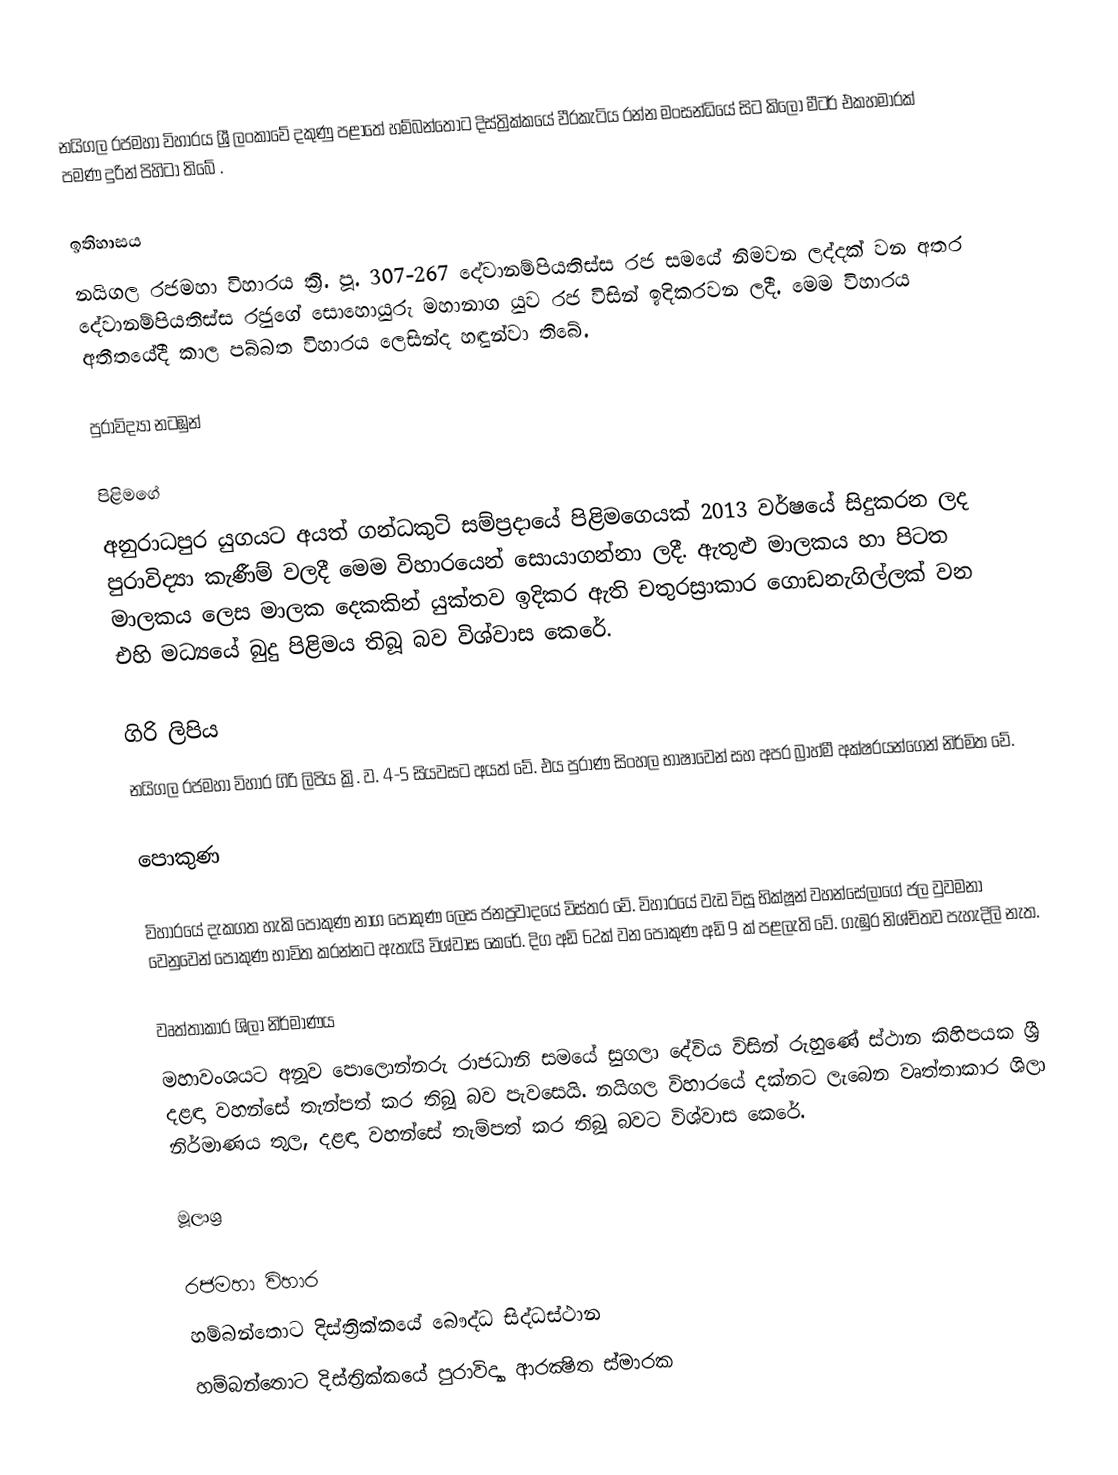
නයිගල රජමහා විහාරය ශ්‍රී ලංකාවේ දකුණු පළාතේ හම්බන්තොට දිස්ත්‍රික්කයේ වීරකැටිය රන්න මංසන්ධියේ සිට කිලෝ මීටර් එකහමාරක් පමණ දුරින් පිහිටා තිබේ .

ඉතිහාසය
නයිගල රජමහා විහාරය ක්‍රි. පූ. 307-267 දේවානම්පියතිස්ස රජ සමයේ නිමවන ලද්දක් වන අතර දේවානම්පියතිස්ස රජුගේ සොහොයුරු මහානාග යුව රජ විසින් ඉදිකරවන ලදී. මෙම විහාරය අතීතයේදී කාල පබ්බත විහාරය ලෙසින්ද හඳුන්වා තිබේ.

පුරාවිද්‍යා නටඹුන්

පිළිමගේ
අනුරාධපුර යුගයට අයත් ගන්ධකුටි සම්ප්‍රදායේ පිළිමගෙයක් 2013 වර්ෂයේ සිදුකරන ලද පුරාවිද්‍යා කැණීම් වලදී මෙම විහාරයෙන් සොයාගන්නා ලදී. ඇතුළු මාලකය හා පිටත මාලකය ලෙස මාලක දෙකකින් යුක්තව ඉදිකර ඇති චතුරස්‍රාකාර ගොඩනැගිල්ලක් වන එහි මධ්‍යයේ බුදු පිළිමය තිබූ බව විශ්වාස කෙරේ.

ගිරි ලිපිය
නයිගල රජමහා විහාර ගිරි ලිපිය ක්‍රි. ව. 4-5 සියවසට අයත් වේ. එය පුරාණ සිංහල භාෂාවෙන් සහ අපර බ්‍රාහ්මී අක්ෂරයන්ගෙන් නිර්මිත වේ.

පොකුණ

විහාරයේ දැකගත හැකි පොකුණ නාග පොකුණ ලෙස ජනප්‍රවාදයේ විස්තර වේ. විහාරයේ වැඩ විසූ භික්ෂූන් වහන්සේලාගේ ජල වුවමනා වෙනුවෙන් පොකුණ භාවිත කරන්නට ඇතැයි විශ්වාස කෙරේ. දිග අඩි 62ක් වන පොකුණ අඩි 9 ක් පළලැති වේ. ගැඹුර නිශ්චිතව පැහැදිලි නැත.

වෘත්තාකාර ශිලා නිර්මාණය
මහාවංශයට අනූව පොලොන්නරු රාජධානි සමයේ සුගලා දේවිය විසින් රුහුණේ ස්ථාන කිහිපයක ශ්‍රී දළඳා වහන්සේ තැන්පත් කර තිබූ බව පැවසෙයි. නයිගල විහාරයේ දක්නට ලැබෙන වෘත්තාකාර ශිලා නිර්මාණය තුල, දළඳා වහන්සේ තැම්පත් කර තිබූ බවට විශ්වාස කෙරේ.

මූලාශ්‍ර

රජමහා විහාර
හම්බන්තොට දිස්ත්‍රික්කයේ බෞද්ධ සිද්ධස්ථාන
හම්බන්තොට දිස්ත්‍රික්කයේ පුරාවිද්‍යා ආරක්‍ෂිත ස්මාරක